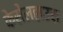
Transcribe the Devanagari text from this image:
केसेलहाउस